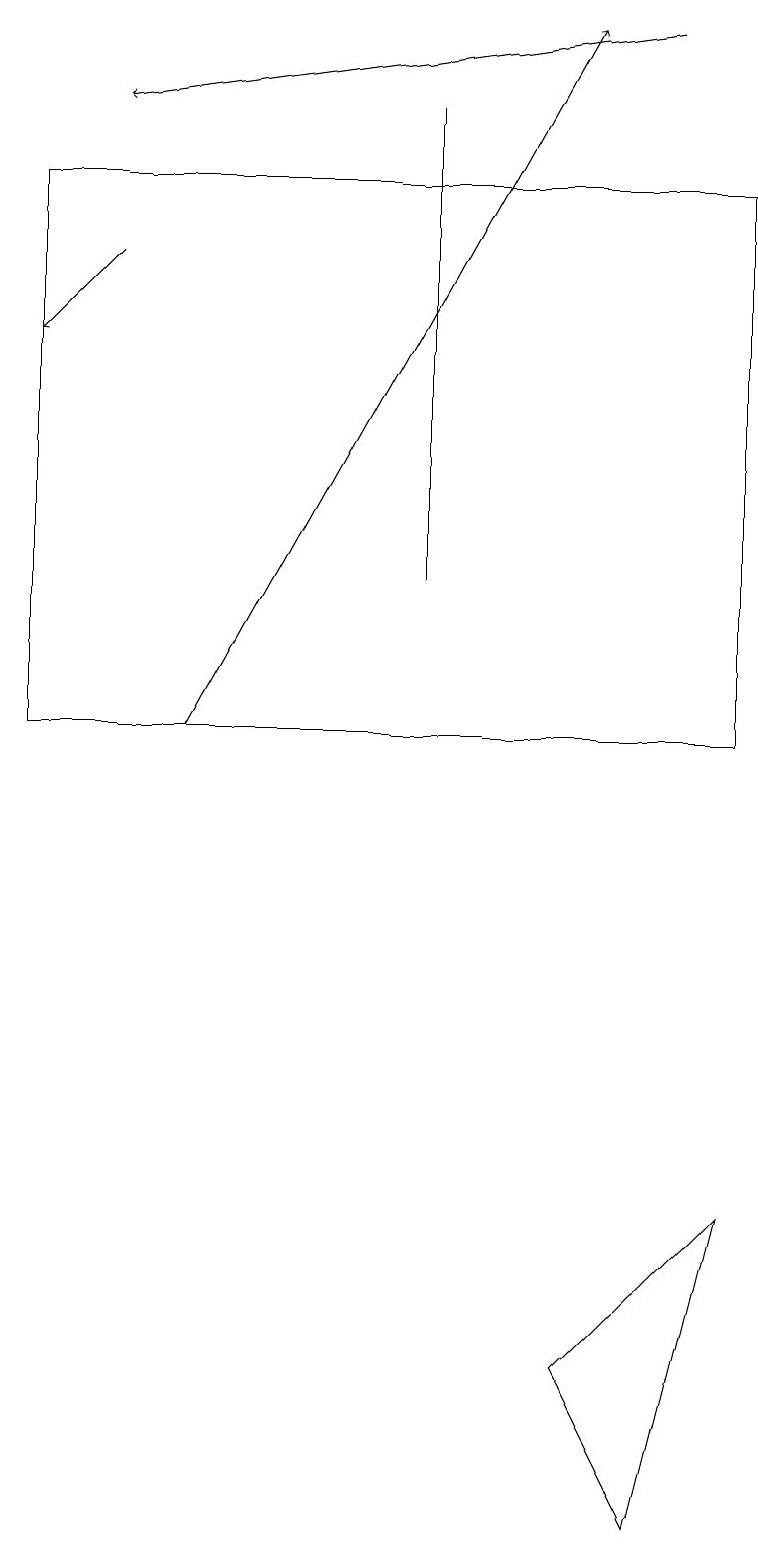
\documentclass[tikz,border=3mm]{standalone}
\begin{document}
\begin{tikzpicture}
\draw[->] (8,19) -- (1,18);
\draw (8,0) -- (9,4) -- (7,2) -- cycle;
\draw (0,17) rectangle (9,10);
\draw (5,18) rectangle (5,12);
\draw[->] (1,16) -- (0,15);
\draw[->] (2,10) -- (7,19);
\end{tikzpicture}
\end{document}